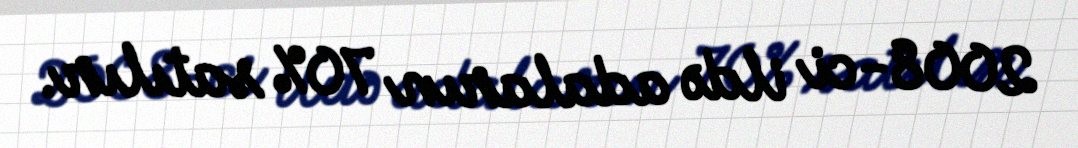
2008-ci ildə adaların 70% satılır.